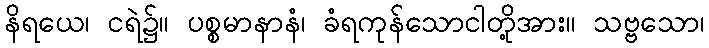
နိရယေ၊ ငရဲ၌။ ပစ္စမာနာနံ၊ ခံရကုန်သောငါတို့အား။ သဗ္ဗသော၊